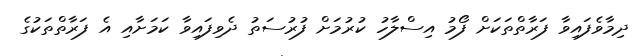
ދިމާވެފައިވާ ފަރާތްތަކަށް ފޯމު އިސްލާހު ކުރުމަށް ފުރުސަތު ދެވިފައިވާ ކަަމަށާއި އެ ފަރާތްތަކުގެ